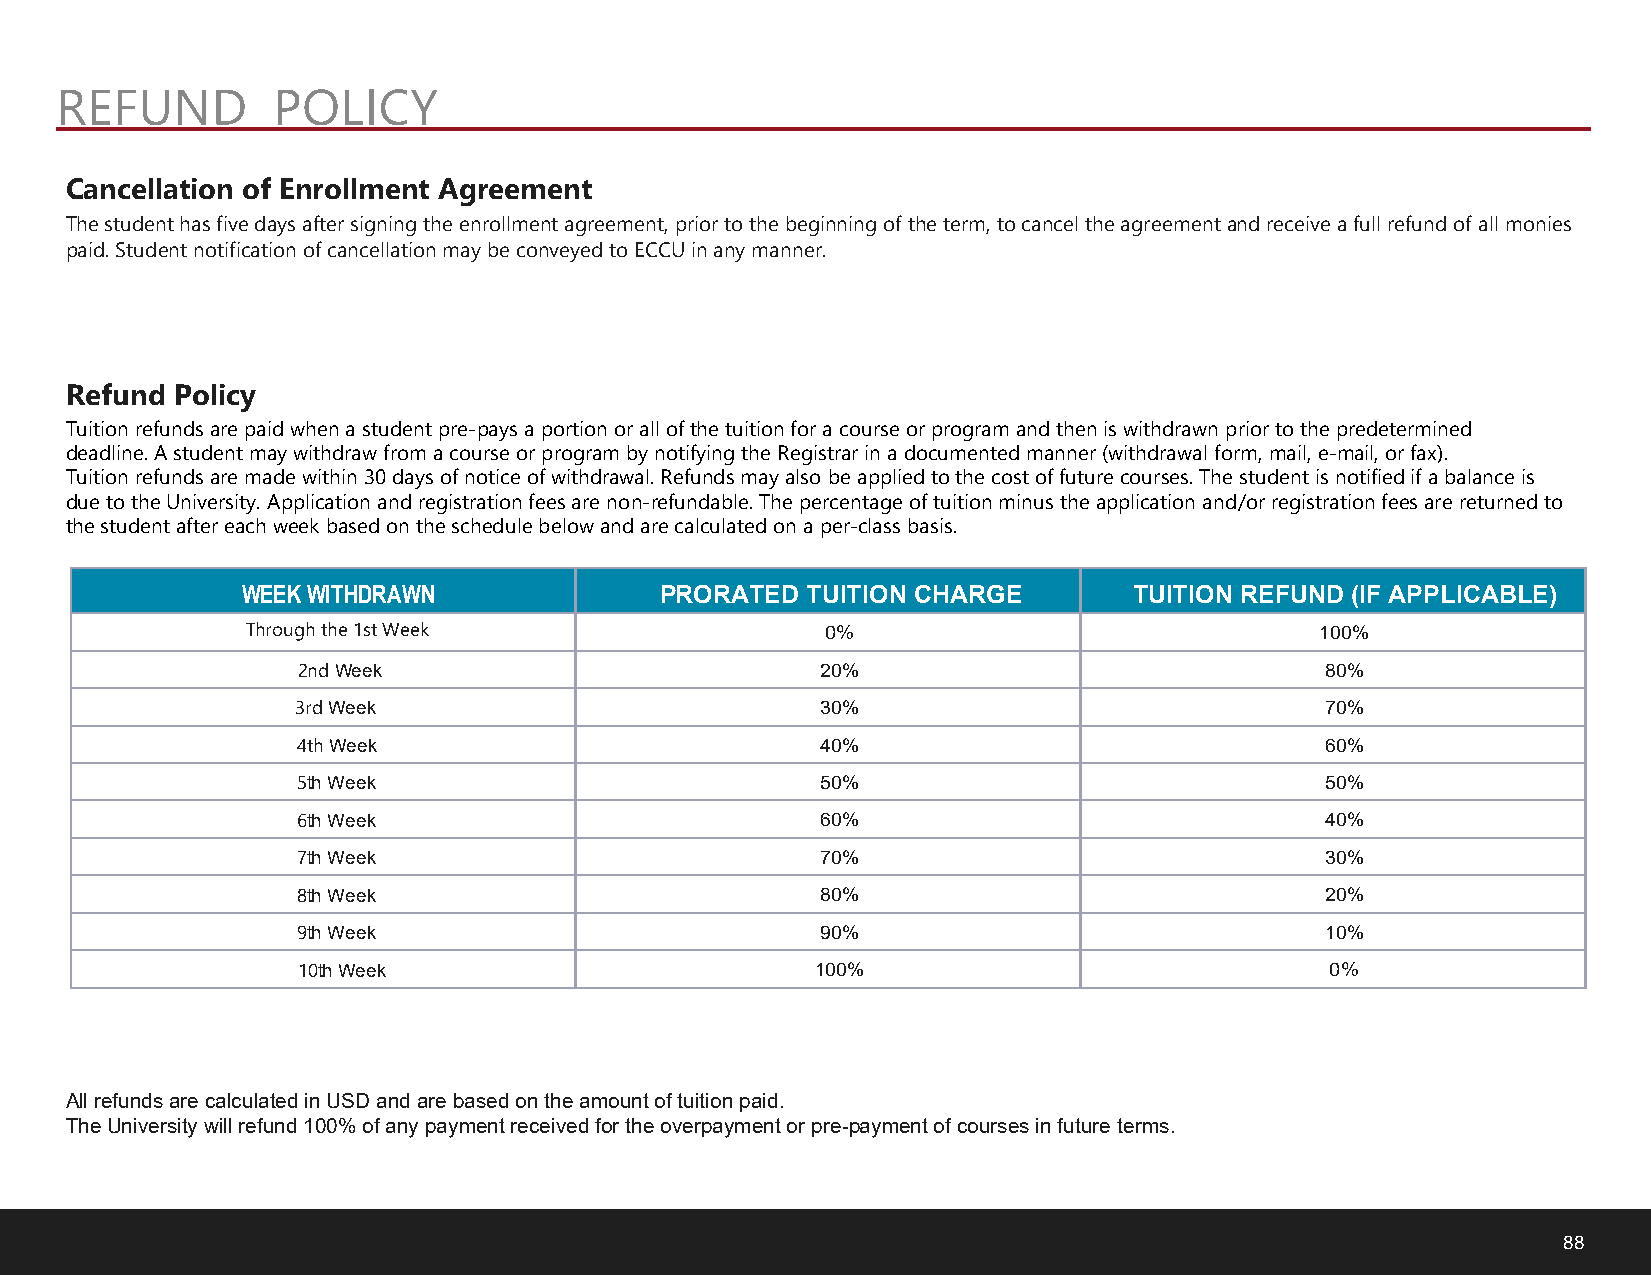
REFUND        POLICY
 Cancellation of Enrollment Agreement
 The student has five days after signing the enrollment agreement, prior to the beginning of the term, to cancel the agreement and receive a full refund of all monies
 paid. Student notification of cancellation may be conveyed to ECCU in any manner.
 Refund Policy
 Tuition refunds are paid when a student pre-pays a portion or all of the tuition for a course or program and then is withdrawn prior to the predetermined
 deadline. A student may withdraw from a course or program by notifying the Registrar in a documented manner (withdrawal form, mail, e-mail, or fax).
 Tuition refunds are made within 30 days of notice of withdrawal. Refunds may also be applied to the cost of future courses. The student is notified if a balance is
 due to the University. Application and registration fees are non-refundable. The percentage of tuition minus the application and/or registration fees are returned to
 the student after each week based on the schedule below and are calculated on a per-class basis.
 WEEK WITHDRAWN              PRORATED TUITION CHARGE        TUITION REFUND (IF APPLICABLE)
 Through the 1st Week                   0%                              100%
 2nd Week                          20%                               80%
 3rd Week                          30%                               70%
 4th Week                          40%                               60%
 5th Week                          50%                               50%
 6th Week                          60%                               40%
 7th Week                          70%                               30%
 8th Week                          80%                               20%
 9th Week                          90%                               10%
 10th Week                         100%                              0%
 All refunds are calculated in USD and are based on the amount of tuition paid.
 The University will refund 100% of any payment received for the overpayment or pre-payment of courses in future terms.
 88